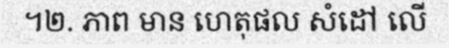
។២. ភាព មាន ហេតុផល សំដៅ លើ